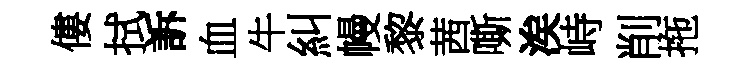
僂拭訴血牛糾幔黎茜嘶涘峙削拖